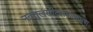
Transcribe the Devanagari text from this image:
नवतुलसीदलमालाभूषा